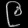
Digit: ၉